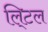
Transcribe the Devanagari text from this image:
लि्टल